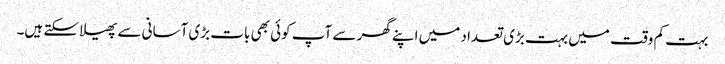
بہت کم وقت میں بہت بڑی تعداد میں اپنے گھر سے آپ کوئی بھی بات بڑی آسانی سے پھیلا سکتے ہیں۔